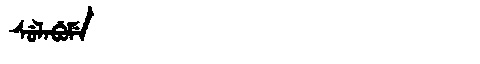
Manchu: ᠰᡠᠯᠠᠪᡠᠮᡝ
Romanization: SULABUME